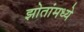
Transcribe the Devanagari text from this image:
झोतांमध्ये